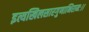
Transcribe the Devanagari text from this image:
इत्यखिलसारगुणाभिरामः।।